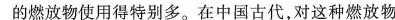
的燃放物使用得特别多。在中国古代，对这种燃放物